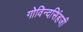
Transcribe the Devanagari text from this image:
गोविन्दसिंहजी